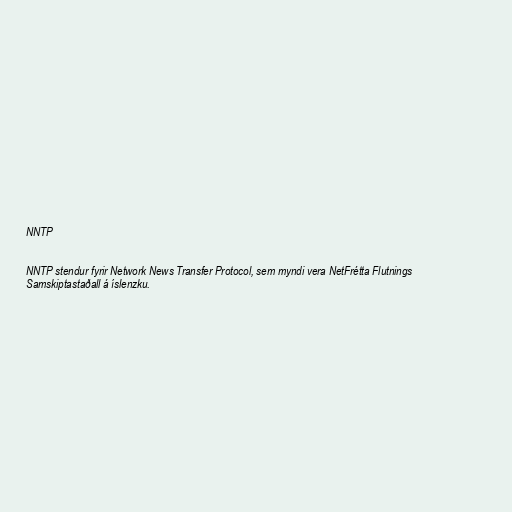
NNTP

NNTP stendur fyrir Network News Transfer Protocol, sem myndi vera NetFrétta Flutnings
Samskiptastaðall á íslenzku.